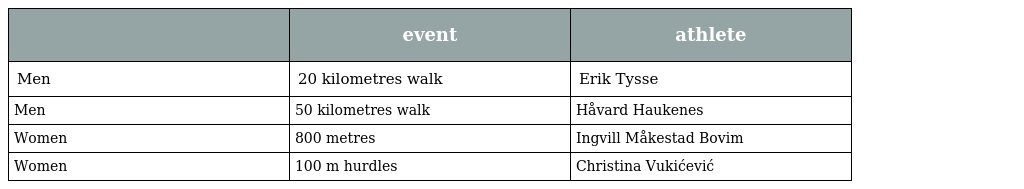
|  | event | athlete |
 | --- | --- | --- |
 | Men | 20 kilometres walk | Erik Tysse |
 | Men | 50 kilometres walk | Håvard Haukenes |
 | Women | 800 metres | Ingvill Måkestad Bovim |
 | Women | 100 m hurdles | Christina Vukićević |